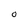
Character: o